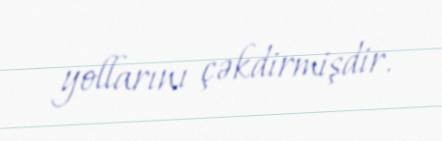
yollarını çəkdirmişdir.